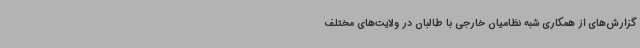
گزارش‌های از همکاری شبه نظامیان خارجی با طالبان در ولایت‌های مختلف